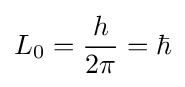
L_{0}={\frac {h}{2\pi }}=\hbar